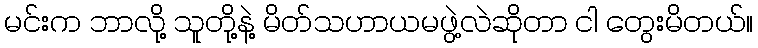
မင်းက ဘာလို့ သူတို့နဲ့ မိတ်သဟာယမဖွဲ့လဲဆိုတာ ငါ တွေးမိတယ်။